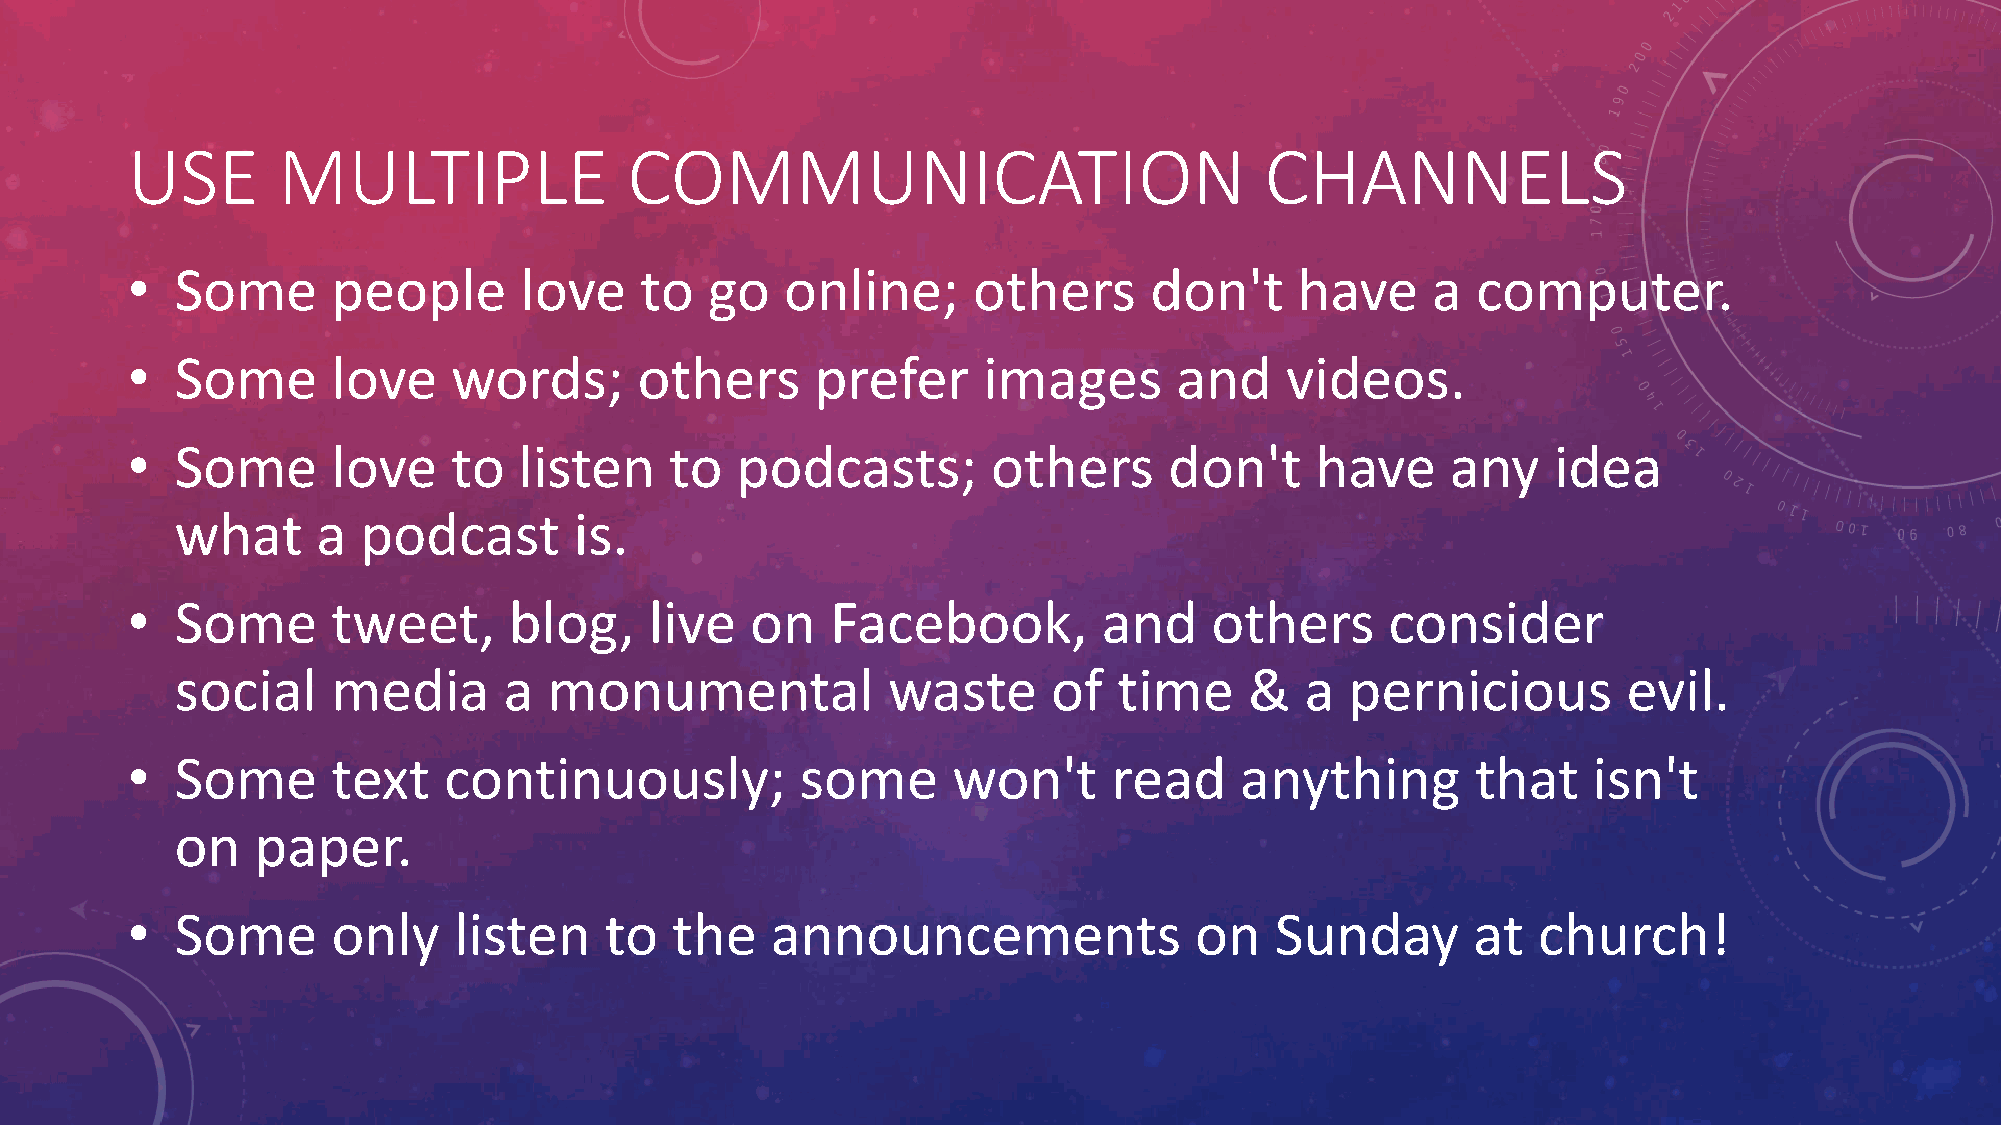
USE       MULTIPLE                COMMUNICATION                             CHANNELS
 •   Some      people      love    to   go   online;     others      don't     have     a  computer.
 •   Some      love    words;      others      prefer     images       and    videos.
 •   Some      love    to  listen    to   podcasts;        others     don't     have     any    idea
 what     a  podcast       is.
 •   Some      tweet,      blog,    live   on   Facebook,         and    others      consider
 social    media      a  monumental             waste      of  time     &  a  pernicious         evil.
 •   Some      text   continuously;           some      won't      read    anything        that   isn't
 on   paper.
 •   Some      only    listen    to  the    announcements               on   Sunday       at   church!